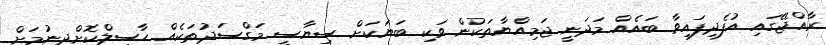
ރާއްޖޭގައި އުފެދިފައިވާ ބައެއް މަދަނީ ޖަމިއްޔާތަކުން ވަކި ބަޔަކަށް ސިޔާސީ މަގްސަދުތަކެއް ހާސިލްކޮށްދިނުމަށް